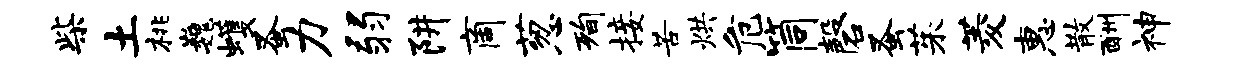
柴土桃巍蠖蚤力弱阱商葱洵接苦烘危筒磬蚤茱菱惠散酬神